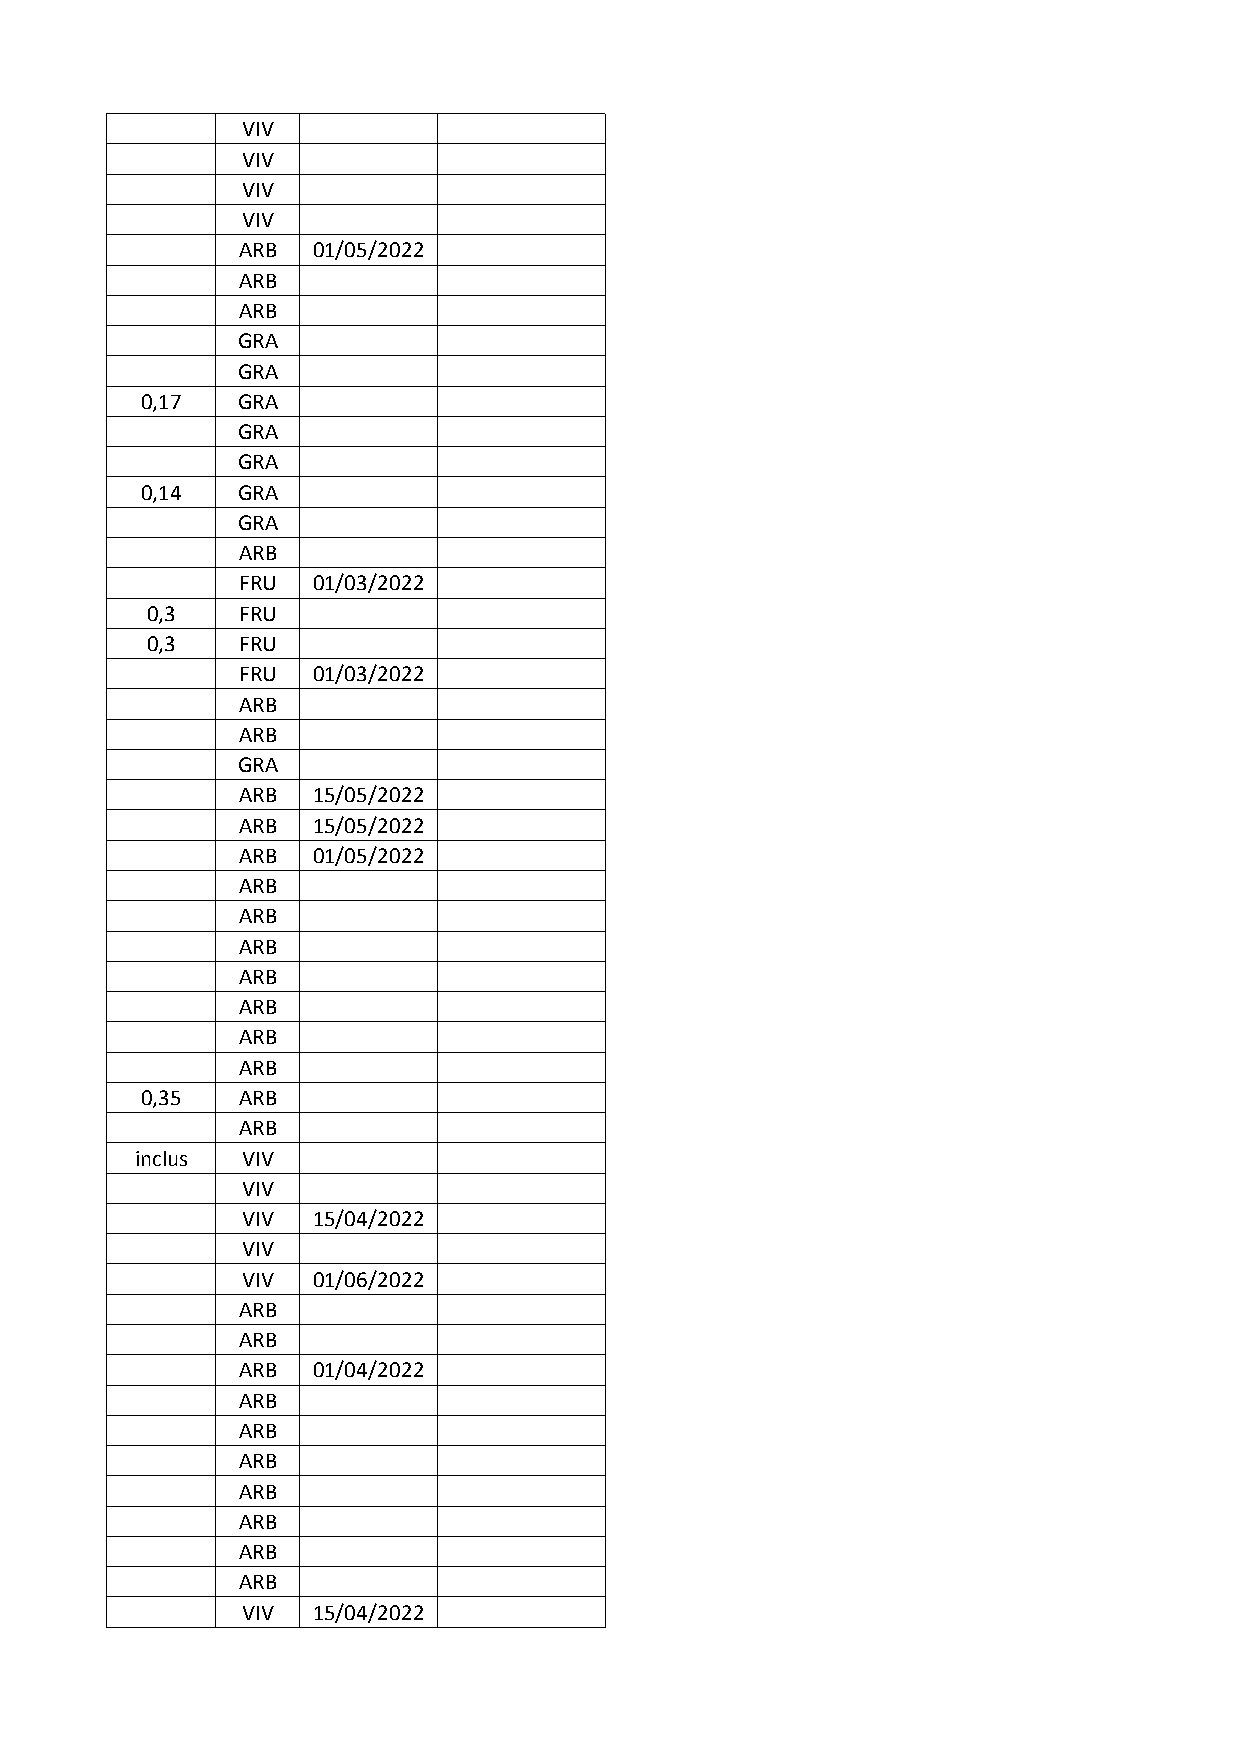
VIV
 VIV
 VIV
 VIV
 ARB  01/05/2022
 ARB
 ARB
 GRA
 GRA
 0,17   GRA
 GRA
 GRA
 0,14   GRA
 GRA
 ARB
 FRU  01/03/2022
 0,3   FRU
 0,3   FRU
 FRU  01/03/2022
 ARB
 ARB
 GRA
 ARB  15/05/2022
 ARB  15/05/2022
 ARB  01/05/2022
 ARB
 ARB
 ARB
 ARB
 ARB
 ARB
 ARB
 0,35   ARB
 ARB
 inclus VIV
 VIV
 VIV  15/04/2022
 VIV
 VIV  01/06/2022
 ARB
 ARB
 ARB  01/04/2022
 ARB
 ARB
 ARB
 ARB
 ARB
 ARB
 ARB
 VIV  15/04/2022